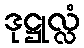
ဒုဋ္ဌုလ္လံ